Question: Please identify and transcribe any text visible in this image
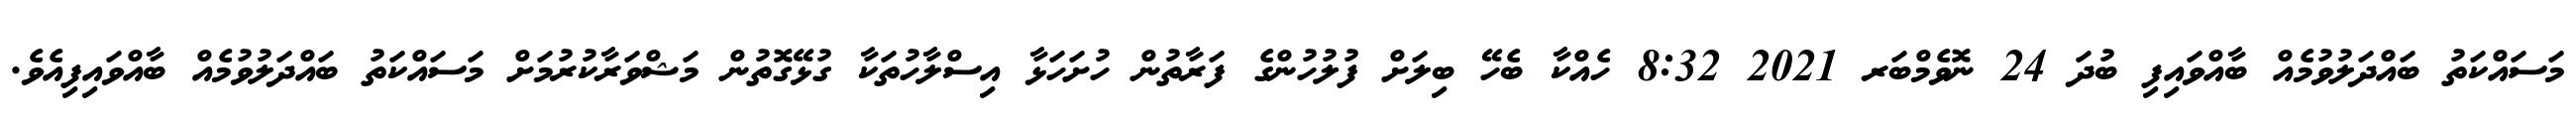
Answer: މަސައްކަތު ބައްދަލުވުމެއް ބާއްވައިފި ބުދަ 24 ނޮވެމްބަރ 2021 8:32 ހެއްކާ ބެހޭ ބިލަށް ފުލުހުންގެ ފަރާތުން ހުށަހަޅާ އިސްލާހުތަކާ ގުޅޭގޮތުން މަޝްވަރާކުރުމަށް މަސައްކަތު ބައްދަލުވުމެއް ބާއްވައިފިއެވެ.